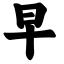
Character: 早